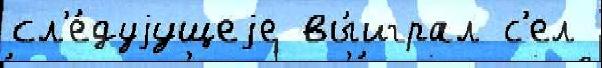
сл'е́дуjущеjе вы́играл с'ел